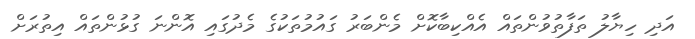
އަދި ހިޔާލު ތަފާތުވުންތައް އެއްކިބާކޮށް މެންބަރު ގައުމުތަކުގެ މެދުގައި އޮންނަ ގުޅުންތައް އިތުރަށް